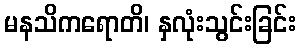
မနသိကရောတိ၊ နှလုံးသွင်းခြင်း